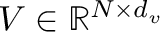
V \in \mathbb { R } ^ { N \times d _ { v } }